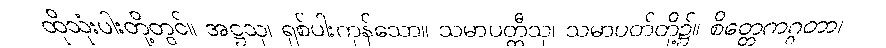
ထိုသုံးပါးတို့တွင်။ အဋ္ဌသု၊ ရှစ်ပါးကုန်သော။ သမာပတ္တီသု၊ သမာပတ်တို့၌။ စိတ္တေကဂ္ဂတာ၊